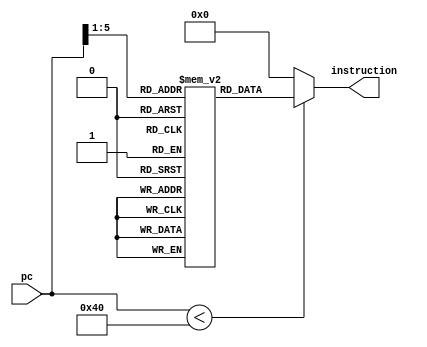
// Verilog code for instruction memory
 module instr_mem          // a synthesisable rom implementation  
 (  
      input [31:0] pc, //Address PC 
      output wire [31:0] instruction //i_out
 );  
      wire [4 : 0] rom_addr = pc[5 : 1];  //Index
		
      reg [31:0] rom [31:0];  //32 intrues de 32 bits
      initial  
      begin  
                rom[0] = 32'b00000000000000000000000000000000; //
                rom[1] = 32'b00000000000000000000000000000000; //
                rom[2] = 32'b00000000000000000000000000000000; //
                rom[3] = 32'b00000000000000000000000000000000; //
                rom[4] = 32'b00000000000000000000000000000000; //
                rom[5] = 32'b00000000000000000000000000000000; //
					 rom[6] = 32'b00000000000000000000000000000000; //
                rom[7] = 32'b00000000000000000000000000000000; //
                rom[8] = 32'b00000000000000000000000000000000; //
                rom[9] = 32'b00000000000000000000000000000000; //
                rom[10] = 32'b00000000000000000000000000000000;// 
                rom[11] = 32'b00000000000000000000000000000000;//
					 rom[12] = 32'b00000000000000000000000000000000;//
                rom[13] = 32'b00000000000000000000000000000000;//
                rom[14] = 32'b00000000000000000000000000000000;//
                rom[15] = 32'b00000000000000000000000000000000;//
                rom[16] = 32'b00000000000000000000000000000000;//
                rom[17] = 32'b00000000000000000000000000000000;//
					 rom[18] = 32'b00000000000000000000000000000000;//	
                rom[19] = 32'b00000000000000000000000000000000;//
                rom[20] = 32'b00000000000000000000000000000000;//
                rom[21] = 32'b00000000000000000000000000000000;//
                rom[22] = 32'b00000000000000000000000000000000;//
                rom[23] = 32'b00000000000000000000000000000000;//
					 rom[24] = 32'b00000000000000000000000000000000;//	
                rom[25] = 32'b00000000000000000000000000000000;//  
                rom[26] = 32'b00000000000000000000000000000000;//
                rom[27] = 32'b00000000000000000000000000000000;  
                rom[28] = 32'b00000000000000000000000000000000;  
                rom[29] = 32'b00000000000000000000000000000000;
					 rom[30] = 32'b00000000000000000000000000000000;  	
                rom[31] = 32'b00000000000000000000000000000000;  
                  
      end  
      assign instruction = (pc[31:0] < 64 )? rom[rom_addr[4:0]]: 32'd0;  
 endmodule